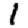
Digit: 1